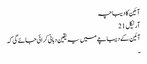
آئین کا دیباچہ
آرٹیکل 21
آئین کے دیباچے میں یہ یقین دہانی کرائی جائے گی کہ
۔